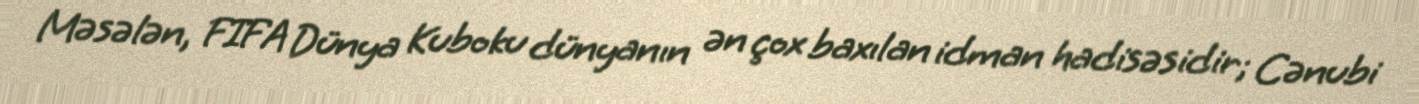
Məsələn, FIFA Dünya Kuboku dünyanın ən çox baxılan idman hadisəsidir; Cənubi